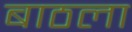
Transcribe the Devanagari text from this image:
बाठला